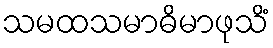
သမထသမာဓိမာဖုသိံ